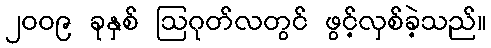
၂၀၀၉ ခုနှစ် ဩဂုတ်လတွင် ဖွင့်လှစ်ခဲ့သည်။